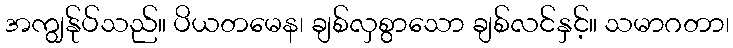
အကျွန်ုပ်သည်။ ပိယတမေန၊ ချစ်လှစွာသော ချစ်လင်နှင့်။ သမာဂတာ၊